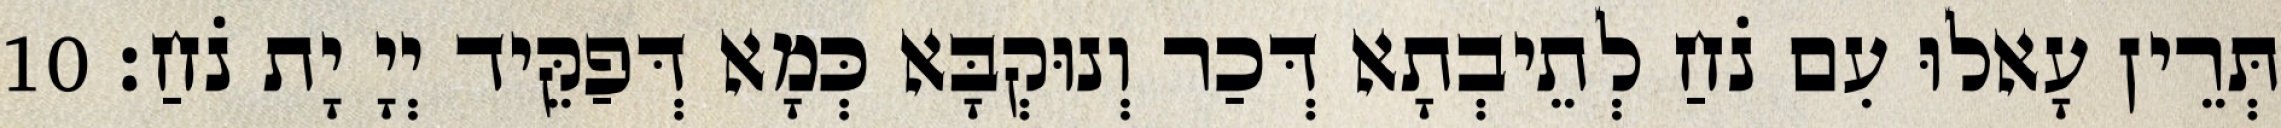
תְּרֵין עָאלוּ עִם נֹחַ לְתֵיבְתָא דְּכַר וְנוּקְבָּא כְּמָא דְּפַקֵּיד יְיָ יָת נֹחַ׃ 10